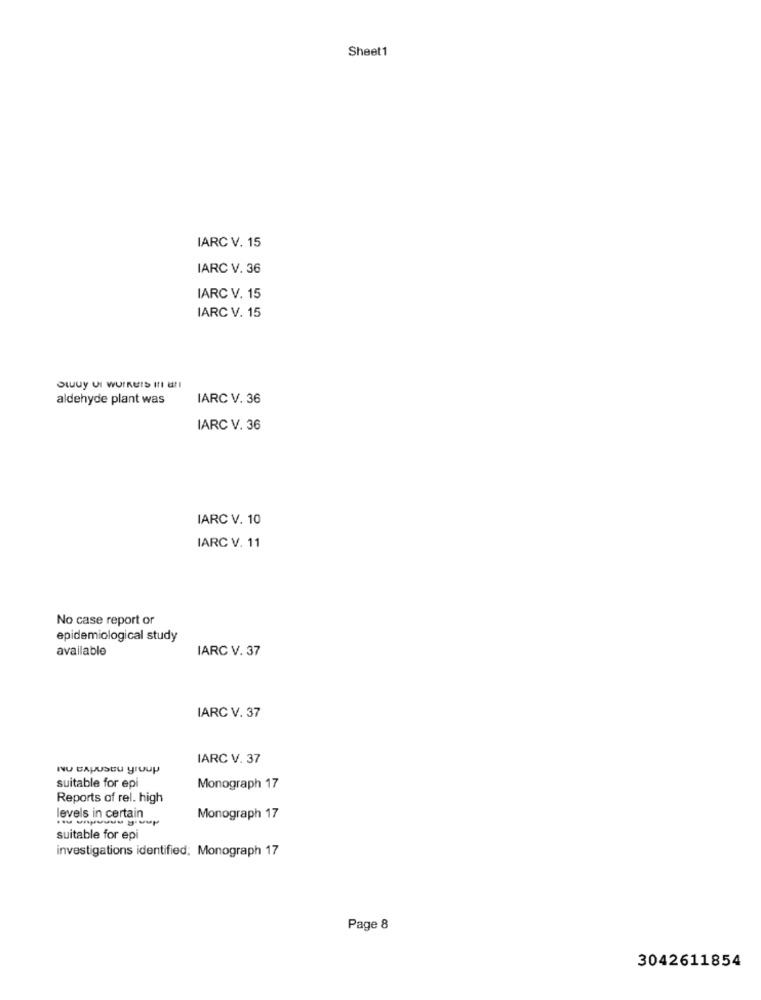
Sheet1
IARC V. 15
IARC V. 36
IARC V. 15
IARC V. 15
aldehyde plant was
IARC V. 36
IARC V. 36
IARC V. 10
IARC V. 11
No case report or
epidemiological study
available
IARC V. 37
IARC V. 37
IARC V. 37
Nu BAPUStu group
suitable for epi
Monograph 17
Reports of rel. high
levels in certain
Monograph 17
suitable for epi
investigations identified; Monograph 17
Page 8
3042611854